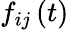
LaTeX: f_{ij}\left(t\right)